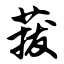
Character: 菝